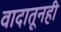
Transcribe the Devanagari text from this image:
वादातूनही